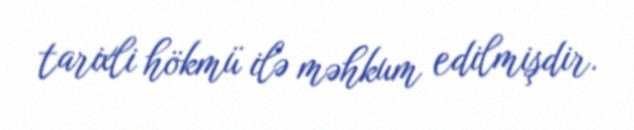
tarixli hökmü ilə məhkum edilmişdir.